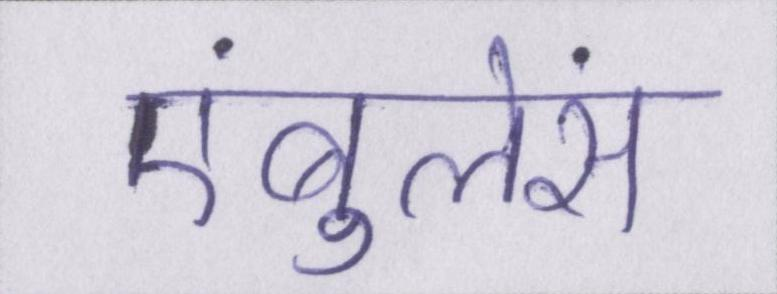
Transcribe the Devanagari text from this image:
एंबुलेंस